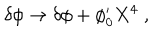
\delta \phi \rightarrow \delta \phi + \phi _ { 0 } ^ { \prime } X ^ { 4 } \; ,